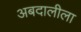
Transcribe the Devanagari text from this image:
अबदालीला